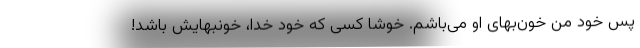
پس خود من خون‌بهای او می‌باشم. خوشا کسی که خود خدا، خونبهایش باشد!